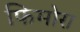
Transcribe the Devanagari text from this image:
फिमोरा